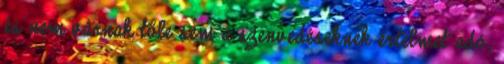
és nem várnak tőle sem a szenvedéseknek értelmet adó,